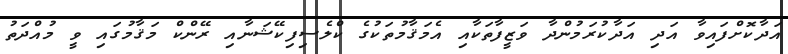
އަދާކޮށްފައިވާ އަދި އަދާކުރަމުންދާ ވަޒީފާތަކާއި އެމަޤާމުތަކުގެ ކްލެސިފިކޭޝަނާއި ރޭންކް މަޤާމުގައި ވީ މުއްދަތު